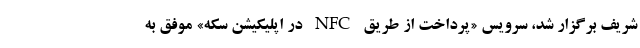
شریف برگزار شد، سرویس «پرداخت از طریق NFC در اپلیکیشن سکه» موفق به